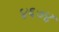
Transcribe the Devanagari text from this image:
४६७४